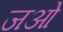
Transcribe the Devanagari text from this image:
जओ